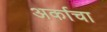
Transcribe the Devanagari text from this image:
अर्काचा